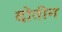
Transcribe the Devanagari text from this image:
दोतीन